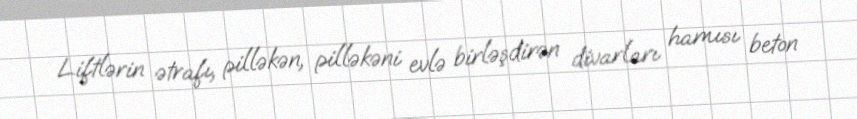
Liftlərin ətrafı, pilləkən, pilləkəni evlə birləşdirən divarları hamısı beton